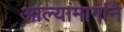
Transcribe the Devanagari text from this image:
आल्यामार्गाने